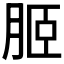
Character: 𦚟